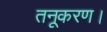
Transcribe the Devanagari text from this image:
तनूकरण।